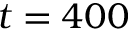
t = 4 0 0